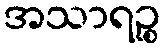
အသာရဉ္စ